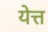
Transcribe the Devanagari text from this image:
येत्त